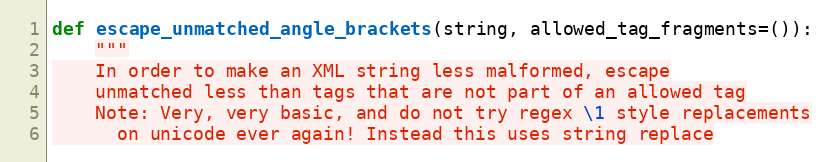
Language: Python
def escape_unmatched_angle_brackets(string, allowed_tag_fragments=()):
    """
    In order to make an XML string less malformed, escape
    unmatched less than tags that are not part of an allowed tag
    Note: Very, very basic, and do not try regex \1 style replacements
      on unicode ever again! Instead this uses string replace